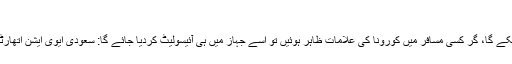
تفصیلات
کورونا کی منفی رپورٹ کے بغیر کوئی مسافر سعودی پرواز پر سوار نہیں ہوسکے گا، گر کسی مسافر میں کورونا کی علامات ظاہر ہوئیں تو اسے جہاز میں ہی آئیسولیٹ کردیا جائے گا: سعودی ایوی ایشن اتھارٹی سعودی عرب جانے کے لیے کورونا ٹیسٹ منفی آنا لازمی قرار دیدیا گیا ہے۔